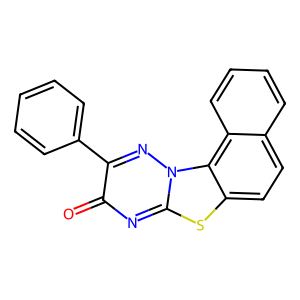
SMILES: O=c1nc2sc3ccc4ccccc4c3n2nc1-c1ccccc1
Inhibits HIV replication: No